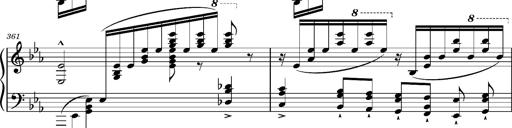
Title: Magyar rapszÃ³diÃ¡k
Composer: Franz Liszt